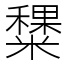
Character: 䊬